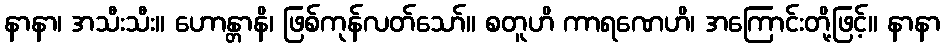
နာနာ၊ အသီးသီး။ ဟောန္တာနိ၊ ဖြစ်ကုန်လတ်သော်။ စတူဟိ ကာရဏေဟိ၊ အကြောင်းတို့ဖြင့်။ နာနာ